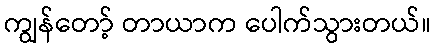
ကျွန်တော့် တာယာက ပေါက်သွားတယ်။